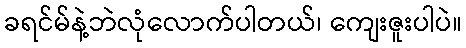
ခရင်မ်နဲ့ဘဲလုံလောက်ပါတယ်၊ ကျေးဇူးပါပဲ။